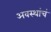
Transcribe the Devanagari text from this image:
अवस्थांचं